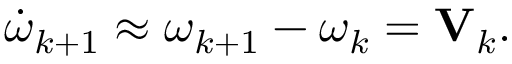
\boldsymbol { \dot { \omega } } _ { k + 1 } \approx \boldsymbol { \omega } _ { k + 1 } - \boldsymbol { \omega } _ { k } = \mathbf { V } _ { k } .